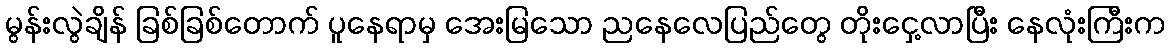
မွန်းလွဲချိန် ခြစ်ခြစ်တောက် ပူနေရာမှ အေးမြသော ညနေလေပြည်တွေ တိုးငှေ့လာပြီး နေလုံးကြီးက